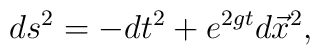
ds^{2}=-dt^{2}+e^{2gt}d\vec{x}^{2},